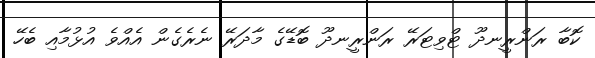
ކޮބާ ރަންރީނދޫ ޓްވިޓަރޭ ރަންރީނދޫ ބޮޑޭގެ މާދަރޭ ނެެރެގެން އެއްވެ އުޅުމާއި ބެހޭ